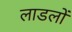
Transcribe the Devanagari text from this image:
लाडलों